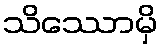
သိဿောမှိ